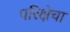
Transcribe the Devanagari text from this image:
परिक्षेचा